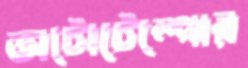
অটোটেম্পোর